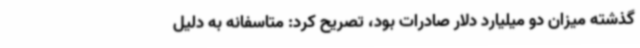
گذشته میزان دو میلیارد دلار صادرات بود، تصریح کرد: متاسفانه به دلیل